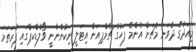
މިއަދުގެ ދެވަނަ މެޗަށް އެންމެ ފަހުގެ ޗެމްޕިއަން އިޓަލީ ނިކުންނާނީ ވޯލްޑްކަޕްގައި ފުރަތަމަ